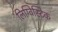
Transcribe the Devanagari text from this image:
लिग्विस्टिक